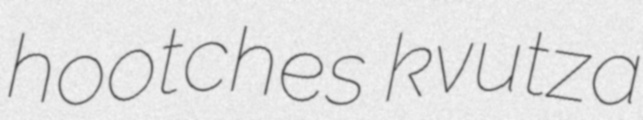
hootches kvutza